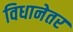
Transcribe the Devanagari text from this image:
विधानेतर